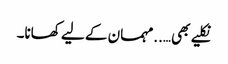
نکلیے بھی…..مہمان کے لیے کھانا۔